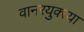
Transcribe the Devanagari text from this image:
वानरयुक्त्या